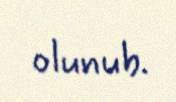
olunub.